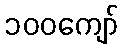
၁၀၀ကျော်